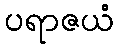
ပရာဇယံ